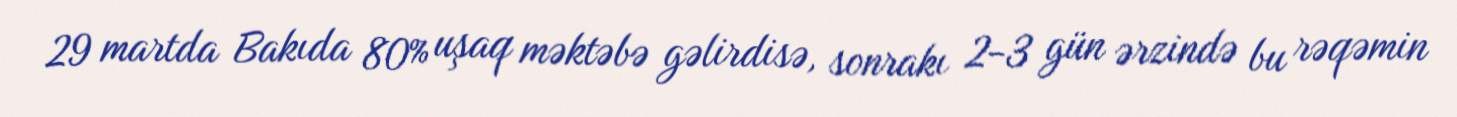
29 martda Bakıda 80% uşaq məktəbə gəlirdisə, sonrakı 2-3 gün ərzində bu rəqəmin